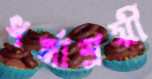
ধর্মাশ্রয়ী